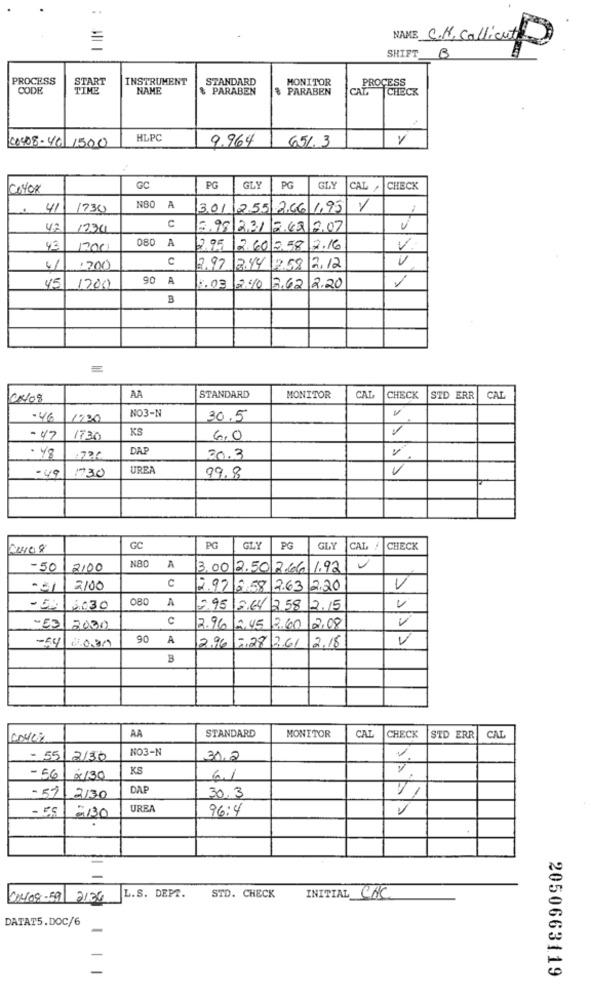
NAME C.N. Collicute
SHIFT B
PROCESS
START
INSTRUMENT
STANDARD
MONITOR
PROCESS
CODE
TIME
NAME
$ PARABEN
$ PARABEN
CATT
CHECK
00408-46 1500
HLPC
9.964
65.3
COYO8
GC
PG
GLY
PG
GLY
CAL ,
CHECK
41
1730
N80 A
3.01 2,55 2.66 1,95
42
1234
C
3.98 221 2.68 2.07
080 A
43
1200
2.95
2.60 0.58
2.16
V:
c
41
·200
2.97
13.44
2.58
12.12
90 A
45 1700
5.03
2.50
3.62 2.20
B
STANDARD
CAT
08/08
AA
MONITOR
CHECK
STD ERR
CAT
NO3-N
.46
1200
30.5
KS
- 47
1730
6,0
DAP
. 78
30.3
-49
1730
UREA
99.8
GC
PG
GLY
PG
GLY
CAT
CHECK
NBD
-50
2100
A
3,00 2.50 2.66 1.92
C
-31
2100
2.97 2.58 2.63
2,20
V
080 A
- GR
6030
,95 3.64 2,58 2.15
c
-53
2000
2.96
12,45
3.60
12.08
90 A
2.96
7,28 2.61
V
-54 6039
2.18
B
AA
STANDARD
MONITOR
CAL
CHECK
STD ERR
CAL
NO3-N
- 55
2130
30,2
KS
- 56 x130
6.1
- 59
DAP
2130
30.3
-130
UREA
96:4
V
00408-59 2136
L.S. DEPT.
STD. CHECK
INITIAL CAC
DATAT5.DOC/6
-
2050663119